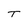
Character: T